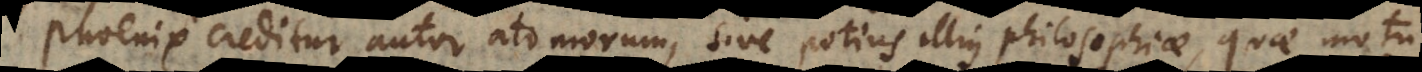
Phoenix creditur autor atomorum, sive potius illius philosophiae, quae motu